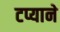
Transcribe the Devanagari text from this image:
टप्याने